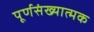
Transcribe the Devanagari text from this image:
पूर्णसंख्यात्मक